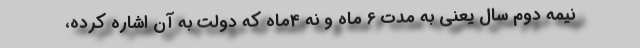
نیمه دوم سال یعنی به مدت 6 ماه و نه 4ماه که دولت به آن اشاره کرده،